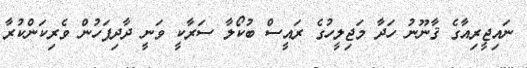
ނައިޖީރިއާގެ ޤާނޫނު ހަދާ މަޖިލީހުގެ ރައީސް ބުކޯލާ ސަރާކީ ވަނީ ދާދިފަހުން ވެރިކަންކުރާ